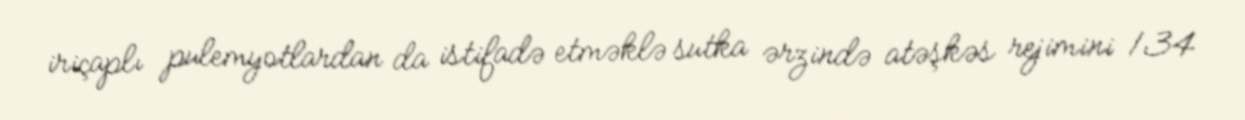
iriçaplı pulemyotlardan da istifadə etməklə sutka ərzində atəşkəs rejimini 134